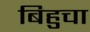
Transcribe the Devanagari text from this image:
बिहुचा